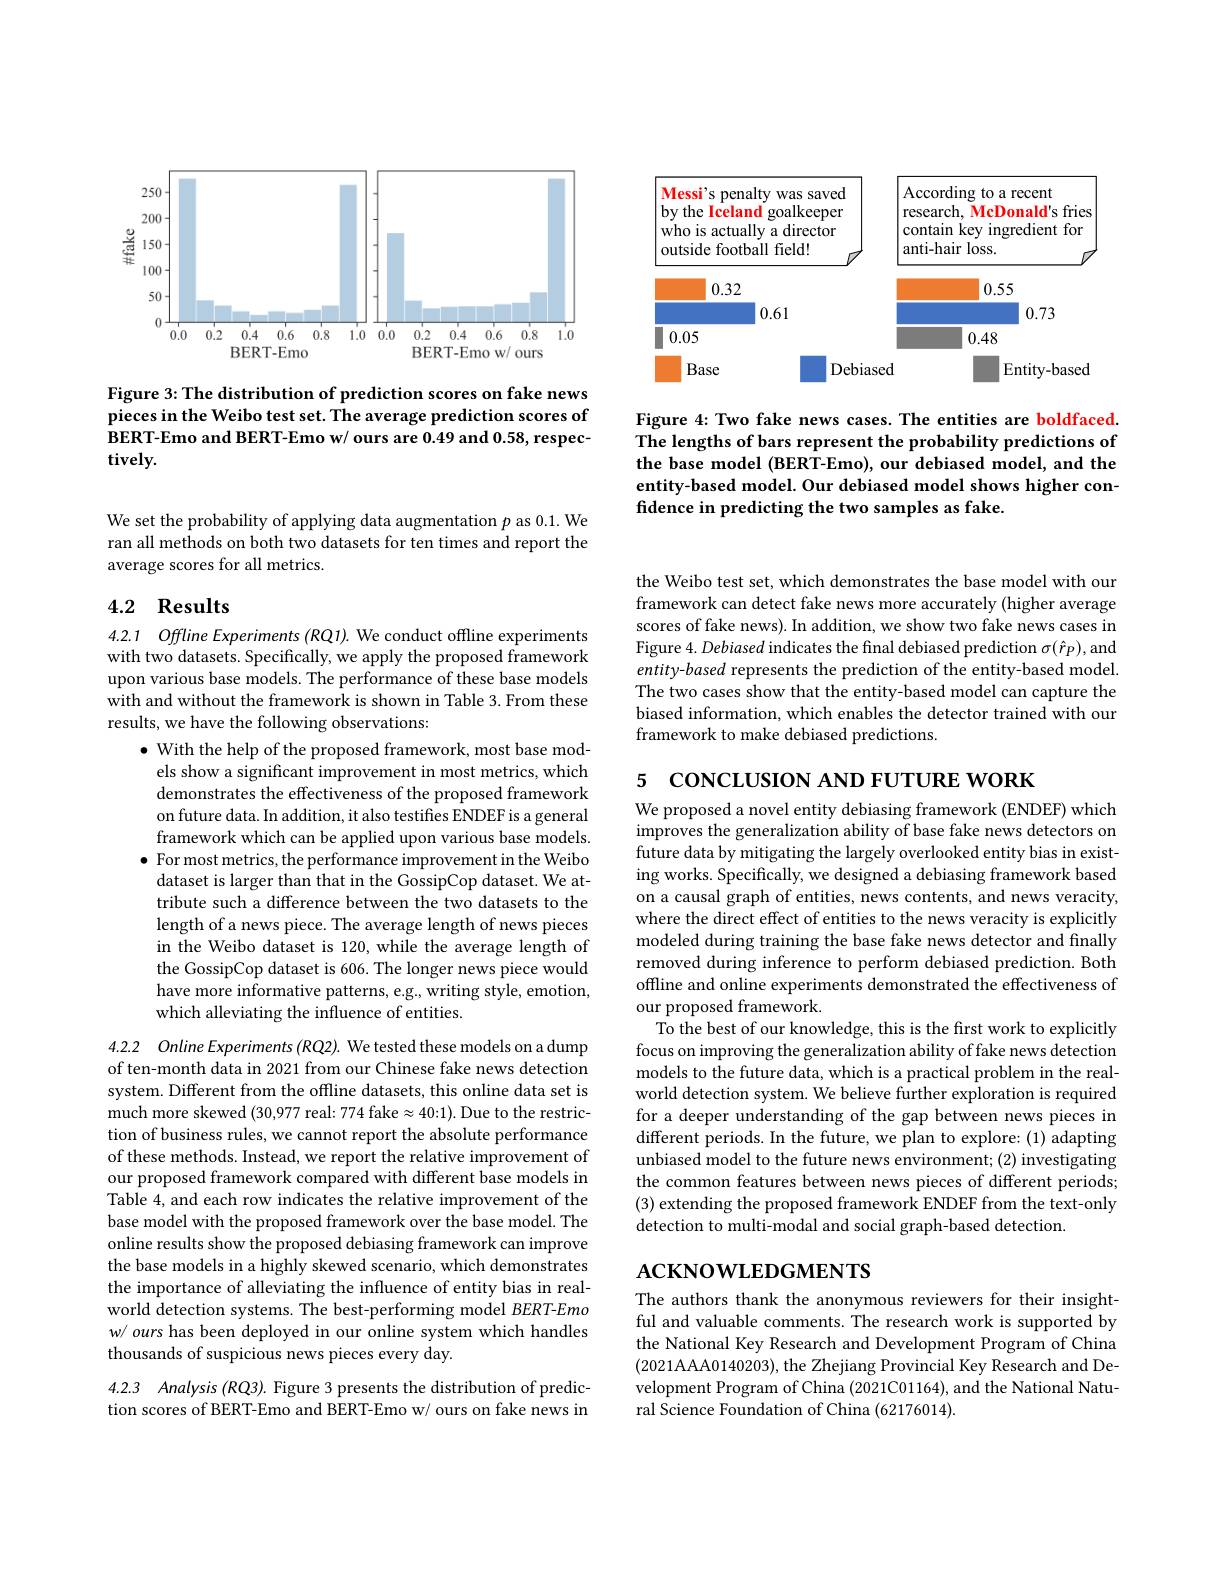
<FigureHere>

Figure 3: The distribution of prediction scores on fake news pieces in the Weibo test set. The average prediction scores of BERT-Emo and BERT-Emo w/ ours are 0.49 and 0.58, respectively.

<FigureHere>

Figure 4: Two fake news cases. The entities are boldfaced. The lengths of bars represent the probability predictions of the base model (BERT-Emo), our debiased model, and the entity-based model. Our debiased model shows higher confidence in predicting the two samples as fake.

We set the probability of applying data augmentation $p$ as 0.1. We ran all methods on both two datasets for ten times and report the average scores for all metrics.

## 4.2 Results

4.2.1 Offline Experiments (RQ1). We conduct offline experiments with two datasets. Specifically, we apply the proposed framework upon various base models. The performance of these base models with and without the framework is shown in Table 3. From these results, we have the following observations:

$\bullet$ With the help of the proposed framework, most base mod-
els show a significant improvement in most metrics, which demonstrates the effectiveness of the proposed framework on future data. In addition, it also testifes ENDEF is a general framework which can be applied upon various base models.
$\bullet$ For most metrics, the performance improvement in the Weibo
dataset is larger than that in the GossipCop dataset. We attribute such a difference between the two datasets to the length of a news piece. The average length of news pieces in the Weibo dataset is 120, while the average length of the GossipCop dataset is 606. The longer news piece would have more informative patterns, e.g., writing style, emotion, which alleviating the influence of entities.

4.2.2 Online Experiments (RQ2). We tested these models on a dump of ten-month data in 2021 from our Chinese fake news detection system. Different from the offline datasets, this online data set is much more skewed (30,977 real: 774 fake $\approx40:1).$ Due to the restriction of business rules, we cannot report the absolute performance of these methods. Instead, we report the relative improvement of our proposed framework compared with different base models in Table 4, and each row indicates the relative improvement of the base model with the proposed framework over the base model. The online results show the proposed debiasing framework can improve the base models in a highly skewed scenario, which demonstrates the importance of alleviating the influence of entity bias in realworld detection systems. The best-performing model BERT-Emo $w/ours$ has been deployed in our online system which handles thousands of suspicious news pieces every day.

4.2.3 Analysis (RQ3). Figure 3 presents the distribution of prediction scores of BERT-Emo and BERT-Emo w/ ours on fake news in

the Weibo test set, which demonstrates the base model with our framework can detect fake news more accurately (higher average scores of fake news). In addition, we show two fake news cases in Figure 4. Debiased indicates the final debiased prediction $\sigma(\hat{r}_P)$,and entity-based represents the prediction of the entity-based model. The two cases show that the entity-based model can capture the biased information, which enables the detector trained with our framework to make debiased predictions.

5 coNCLUSION AND FUTURE WORK

We proposed a novel entity debiasing framework (ENDEF) which improves the generalization ability of base fake news detectors on future data by mitigating the largely overlooked entity bias in existing works. Specifically, we designed a debiasing framework based on a causal graph of entities, news contents, and news veracity, where the direct effect of entities to the news veracity is explicitly modeled during training the base fake news detector and finally removed during inference to perform debiased prediction. Both offline and online experiments demonstrated the effectiveness of our proposed framework.
To the best of our knowledge, this is the first work to explicitly focus on improving the generalization ability of fake news detection models to the future data, which is a practical problem in the realworld detection system. We believe further exploration is required for a deeper understanding of the gap between news pieces in different periods. In the future, we plan to explore:(1) adapting $\hat{\text{unbiased model to the future news environment;(2) investigating}}$ the common features between news pieces of different periods; (3) extending the proposed framework ENDEF from the text-only detection to multi-modal and social graph-based detection.

# $ACKNOWLEDGMENTS$

The authors thank the anonymous reviewers for their insightful and valuable comments. The research work is supported by the National Key Research and Development Program of China (2021AAAA0140203), the Zhejiang Provincial Key Research and Development Program of China (2021C01164), and the National Natural Science Foundation of China (62176014).